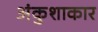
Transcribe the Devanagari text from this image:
अंकुशाकार